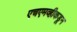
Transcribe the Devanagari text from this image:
एचएमव्हीकडून